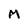
Character: M